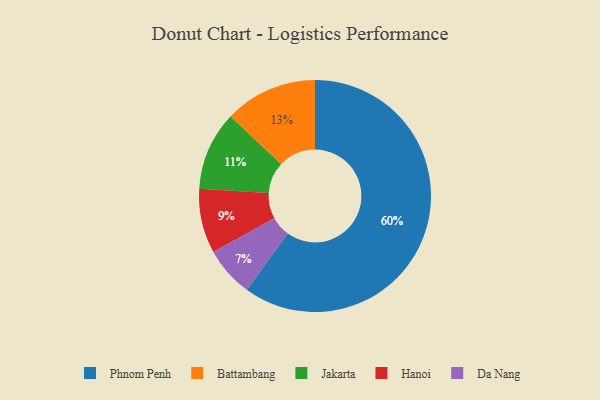
{"axis": {"x": "Category", "y": "Percentage"}, "legend": ["Battambang", "Da Nang", "Hanoi", "Jakarta", "Phnom Penh"], "data": [{"x": "Da Nang", "y": 7, "type": "Da Nang"}, {"x": "Battambang", "y": 13, "type": "Battambang"}, {"x": "Phnom Penh", "y": 60, "type": "Phnom Penh"}, {"x": "Hanoi", "y": 9, "type": "Hanoi"}, {"x": "Jakarta", "y": 11, "type": "Jakarta"}]}